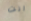
انت